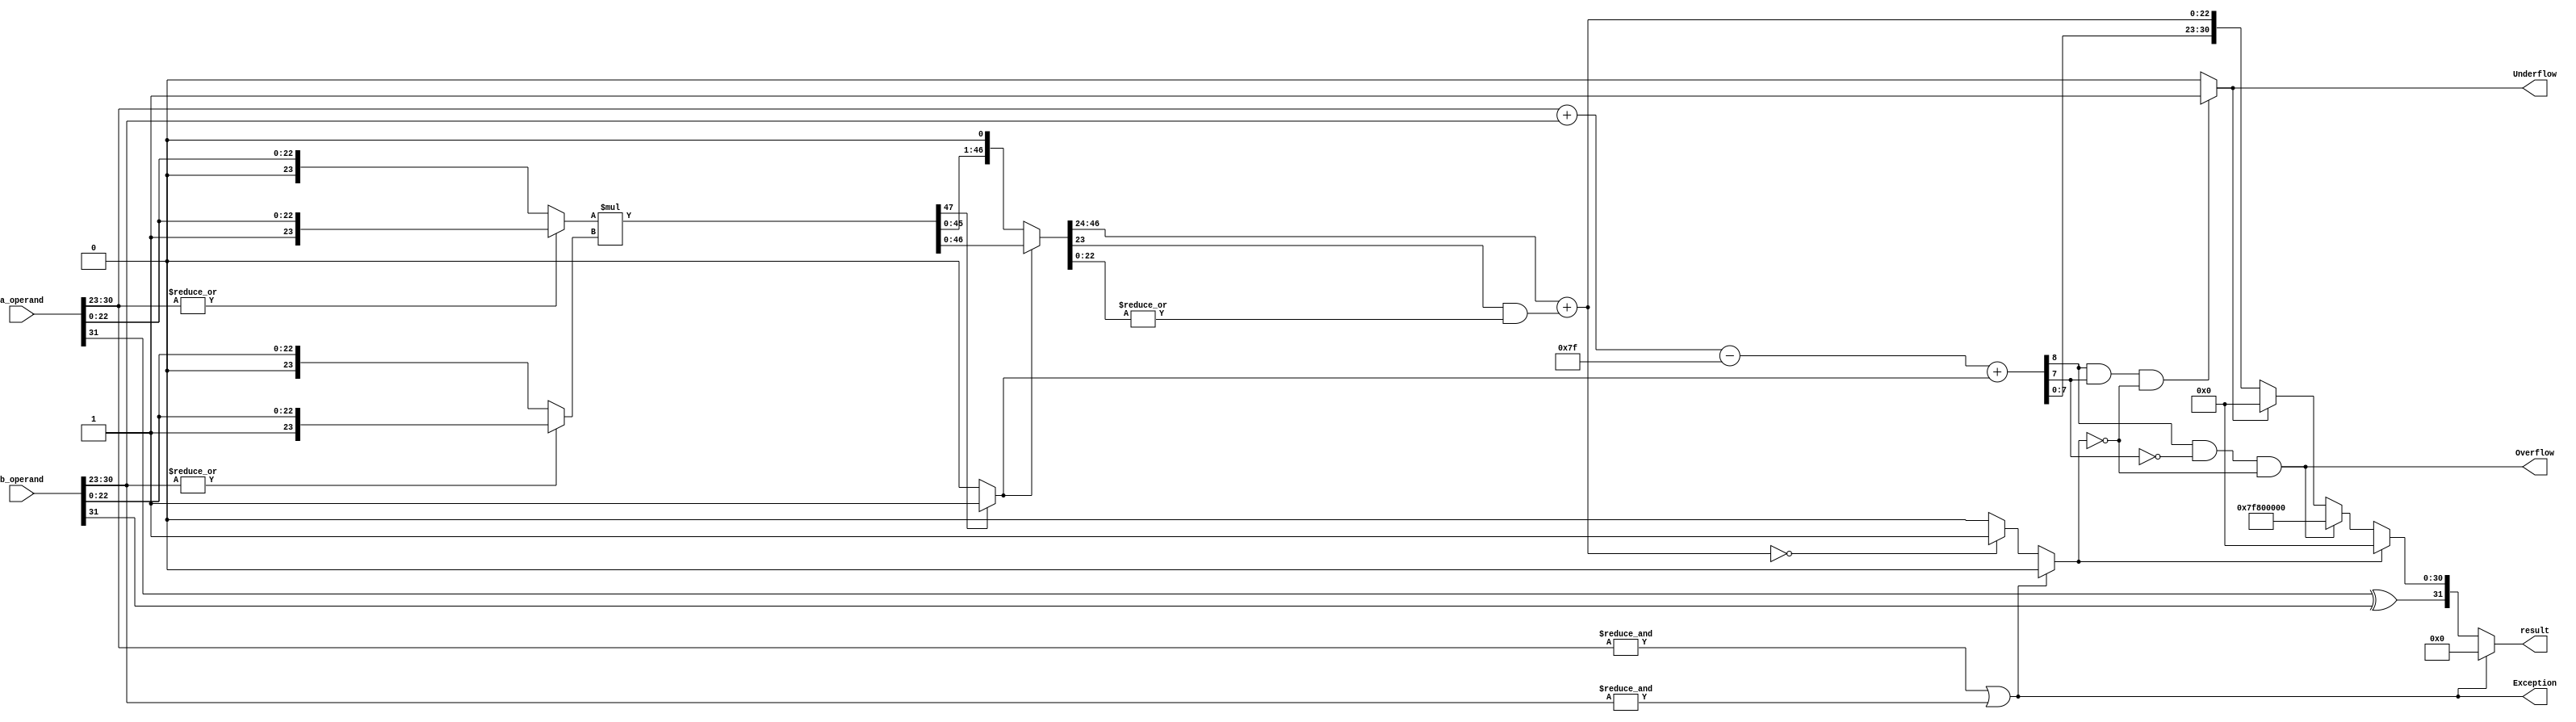
module Alu_multiplication(
    input [31:0] a_operand,
    input [31:0] b_operand,
    output Exception,
    output Overflow,
    output Underflow,
    output [31:0] result
    );
    wire sign,product_round,normalised,zero;
    wire [8:0] exponent,sum_exponent;
    wire [22:0] product_mantissa;
    wire [23:0] operand_a,operand_b;
    wire [47:0] product,product_normalised; //48 Bits
    
    //Exception flag sets 1 if either one of the exponent is 255.
    assign Exception = (&a_operand[30:23]) | (&b_operand[30:23]);
    
    assign sign = a_operand[31] ^ b_operand[31];
   
    //Assigining significand values according to Hidden Bit.
    //If exponent is equal to zero then hidden bit will be 0 for that respective significand else it will be 1
    assign operand_a = (|a_operand[30:23]) ? {1'b1,a_operand[22:0]} : {1'b0,a_operand[22:0]};
    assign operand_b = (|b_operand[30:23]) ? {1'b1,b_operand[22:0]} : {1'b0,b_operand[22:0]};
    assign product = operand_a * operand_b;			//Calculating Product
    
    
    
    assign normalised = product[47] ? 1'b1 : 1'b0;
    assign product_normalised = normalised ? product : product << 1;	//Assigning Normalised value based on 48th bit
    assign product_round = |product_normalised[22:0];  //Ending 22 bits are OR'ed for rounding operation.
    //Final Mantissa.
    assign product_mantissa = product_normalised[46:24] + (product_normalised[23] & product_round); 
    assign zero = Exception ? 1'b0 : (product_mantissa == 23'd0) ? 1'b1 : 1'b0;
    assign sum_exponent = a_operand[30:23] + b_operand[30:23];
    assign exponent = sum_exponent - 8'd127 + normalised;
    //If overall exponent is greater than 255 then Overflow condition.
    assign Overflow = ((exponent[8] & !exponent[7]) & !zero) ; 
    //If sum of both exponents is less than 127 then Underflow condition.
    assign Underflow = ((exponent[8] & exponent[7]) & !zero) ? 1'b1 : 1'b0; 
    assign result = Exception ? 32'd0 : zero ? {sign,31'd0} : Overflow ? {sign,8'd255,23'd0} : Underflow ? {sign,31'd0} : {sign,exponent[7:0],product_mantissa};

endmodule